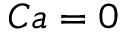
C a = 0